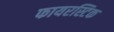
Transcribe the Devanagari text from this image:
फायरस्टिक